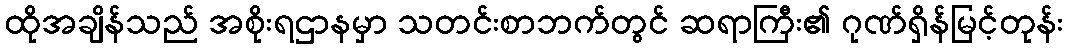
ထိုအချိန်သည် အစိုးရဌာနမှာ သတင်းစာဘက်တွင် ဆရာကြီး၏ ဂုဏ်ရှိန်မြင့်တုန်း